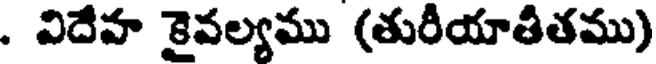
. విదేహ కైవల్యము (తురీయాతీతము)